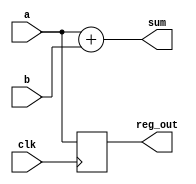
module combinational_sequential_example (
    input wire clk,          // Clock input
    input wire [3:0] a,     // 4-bit input a
    input wire [3:0] b,     // 4-bit input b
    output reg [4:0] sum,    // 5-bit output for sum (a + b)
    output reg [3:0] reg_out // 4-bit output for register
);

// Combinational Logic Block
always @* begin
    // Sum of a and b
    sum = a + b;
end

// Sequential Logic Block
always @(posedge clk) begin
    // Store the value of a into reg_out on the rising edge of clk
    reg_out <= a;
end

endmodule